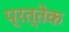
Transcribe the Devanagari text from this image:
प्रत्तेक